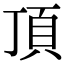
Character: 頂